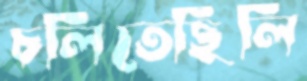
চলিতেছিলি